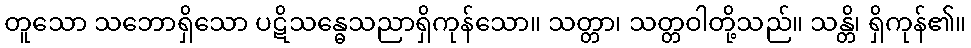
တူသော သဘောရှိသော ပဋိသန္ဓေသညာရှိကုန်သော။ သတ္တာ၊ သတ္တဝါတို့သည်။ သန္တိ၊ ရှိကုန်၏။